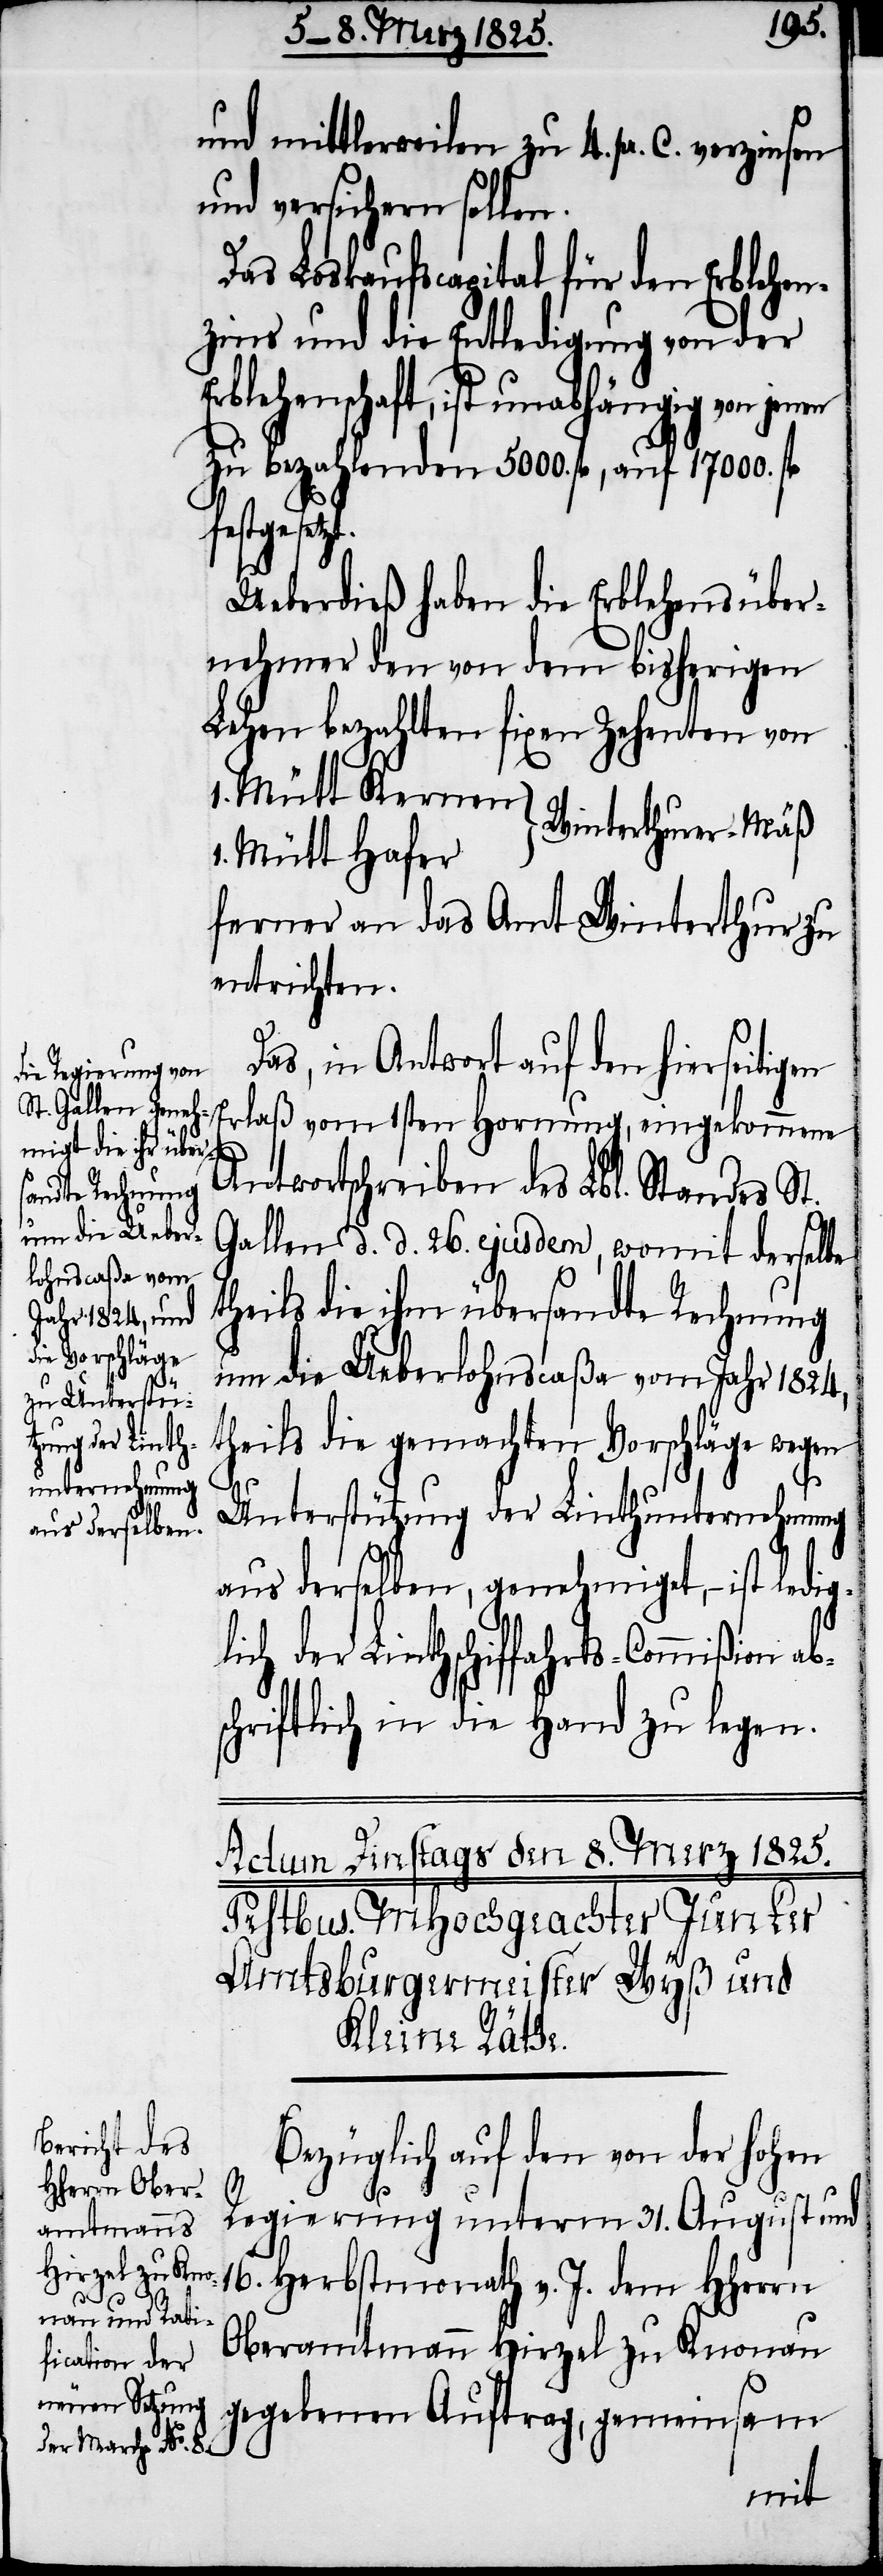
und mittlerweilen zu 4. pr. C. verzinsen
und versichern sollen.
Das Loskaufscapital für den Erblehen¬
zins und die Entledigung von der
Erblehenschaft, ist unabhängig von jenen
zu bezahlenden 5000. fl, auf 17000. fl
festgeset¬
Ueberdieß haben die Erblehensüber¬
nehmer den von dem bisherigen
Lehen bezahlten fixen Zehenten von
1. Mütt Kernen
Winterthurer-Mäß
1. Mütt Hafer
ferner an das Amt Winterthur zu
entrichten.
Das, in Antwort auf den hierseitigen
Antwortschreiben des Lbl. Standes St.
Gallen d. d. 26. ejusdem, womit derselbe
theils die ihm übersandte Rechnung
um die Ueberlohnscaßa vom Jahr 1824,
theils die gemachten Vorschläge wegen
ab¬
Unterstützung der Linthunternehmung
aus derselben, genehmiget, − ist ledig¬
lich der Linthschiffahrts-Commißion
schriftlich in die Hand zu legen.
Bezüglich auf den von der hohen
Regierung unterm 31. August und
16. Herbstmonath v. J. dem HHerrn
1sten
Oberamtmann Hirzel zu Knonau
gegebenen Auftrag, gemeinsam